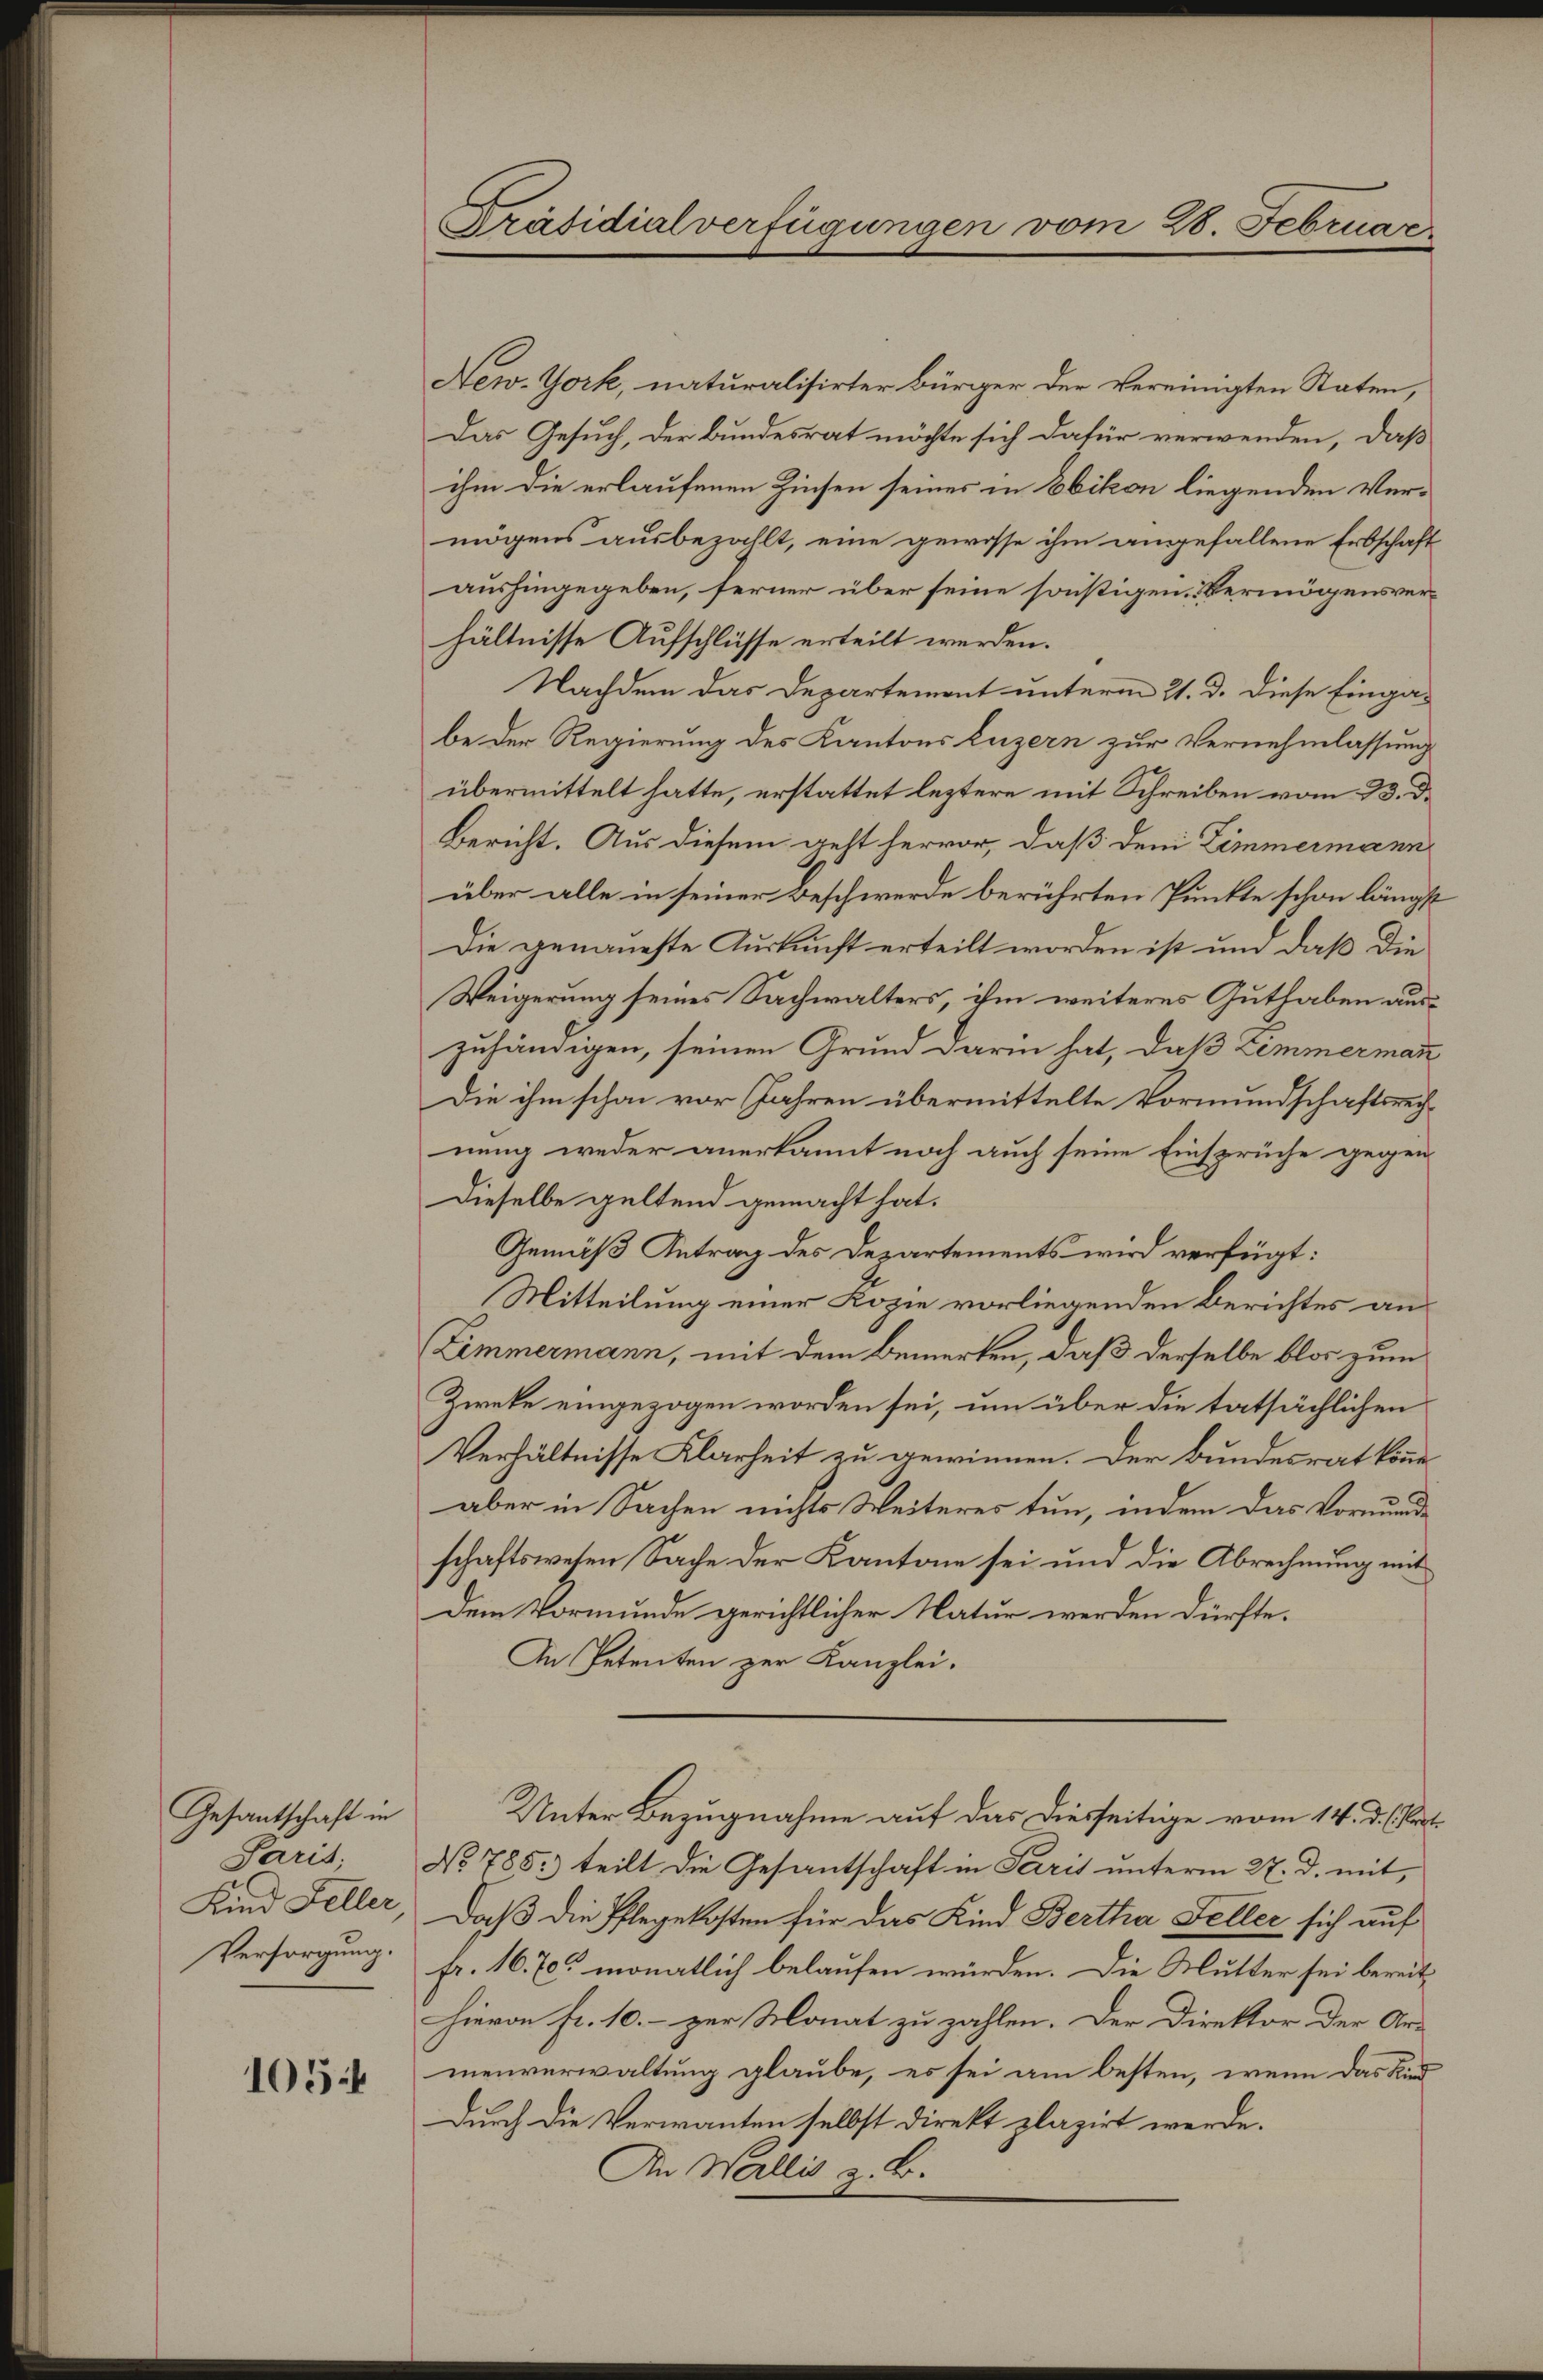
Gesantschaft in
Kind Feller

1054

Präsidialverfügungen vom 28. Februar

New-York, naturalisirter bürger der vereinigten Staten,
Das Gesuch, der Bundesrat möchte sich dafür verwenden, daß
ihm die erlaufenen Zinsen seines in Ebikon liegenden Vermögens ausbezahlt, eine gewisse ihm angefallene Erbschaft
aushingegeben, ferner über seine sonstigen Vermögensverhältnisse Aufschlüsse erteilt werden.
Nachdem das Departement unterm 21. d. diese Eingabe der Regierung des Kantons Luzern zur Vernehmlassung
übermittelt hatte, erstattet leztere mit Schreiben vom 23. d.
Bericht. Aus diesem geht hervor, daß dem Zimmermann
über alle in seiner Beschwerde berührten Punkte schon längst
Die genaueste Auskunft erteilt worden ist um daß die
Weigerung seines Sachwalters, ihm weiteres Guthaben auszuhändigen, seinen Grund darin hat, daß Zimmerman
Die ihm schon vor Jahren übermittelte Vormundschaftsrechnung weder anerkannt noch auch seine Einsprüche gegen¬
Dieselbe geltend gemacht hat.
Gemäß Antrag des Departements wird verfügt:
Mitteilung einer Kopie vorliegenden Berichtes an
Zimmermann, mit dem Bemerken, daß derselbe blos zum
Zweke eingezogen worden sei, um über die tatsächlichen
Verhältnisse Klarheit zu gewinnen. Der Bundesrat könne
aber in Sachen nichts Weiteres tun, indem das Vormunde
schaftswesen Sache der Kantone sei und die Abrechnung mit
Dem Vormunde gerichtlicher Natur werden dürfte.
An Petenten zur Kanzlei.
Unter Bezugnahme auf das diesseitige vom 14. d. Part
Paris, No 785: teilt die Gesantschaft in Paris ŭnterm 27. d. mit
Daß die Pflegekosten für das Kind Bertha Feller sich auf
Versorgung. Fr. 16. 70. monatlich belaufen würden. Die Mutter sei bereits
hievon fr. 10. - zur Monat zu zahlen. Der Direktor der Art
menverwaltung glaube, es sei am besten, wenn das Kind
Durch die Verwanten selbst direkt plazirt werde.
An Wallis z. B.